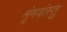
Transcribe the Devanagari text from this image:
शृंगवांस्तु